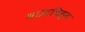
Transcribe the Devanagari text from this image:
मात्राचिह्न